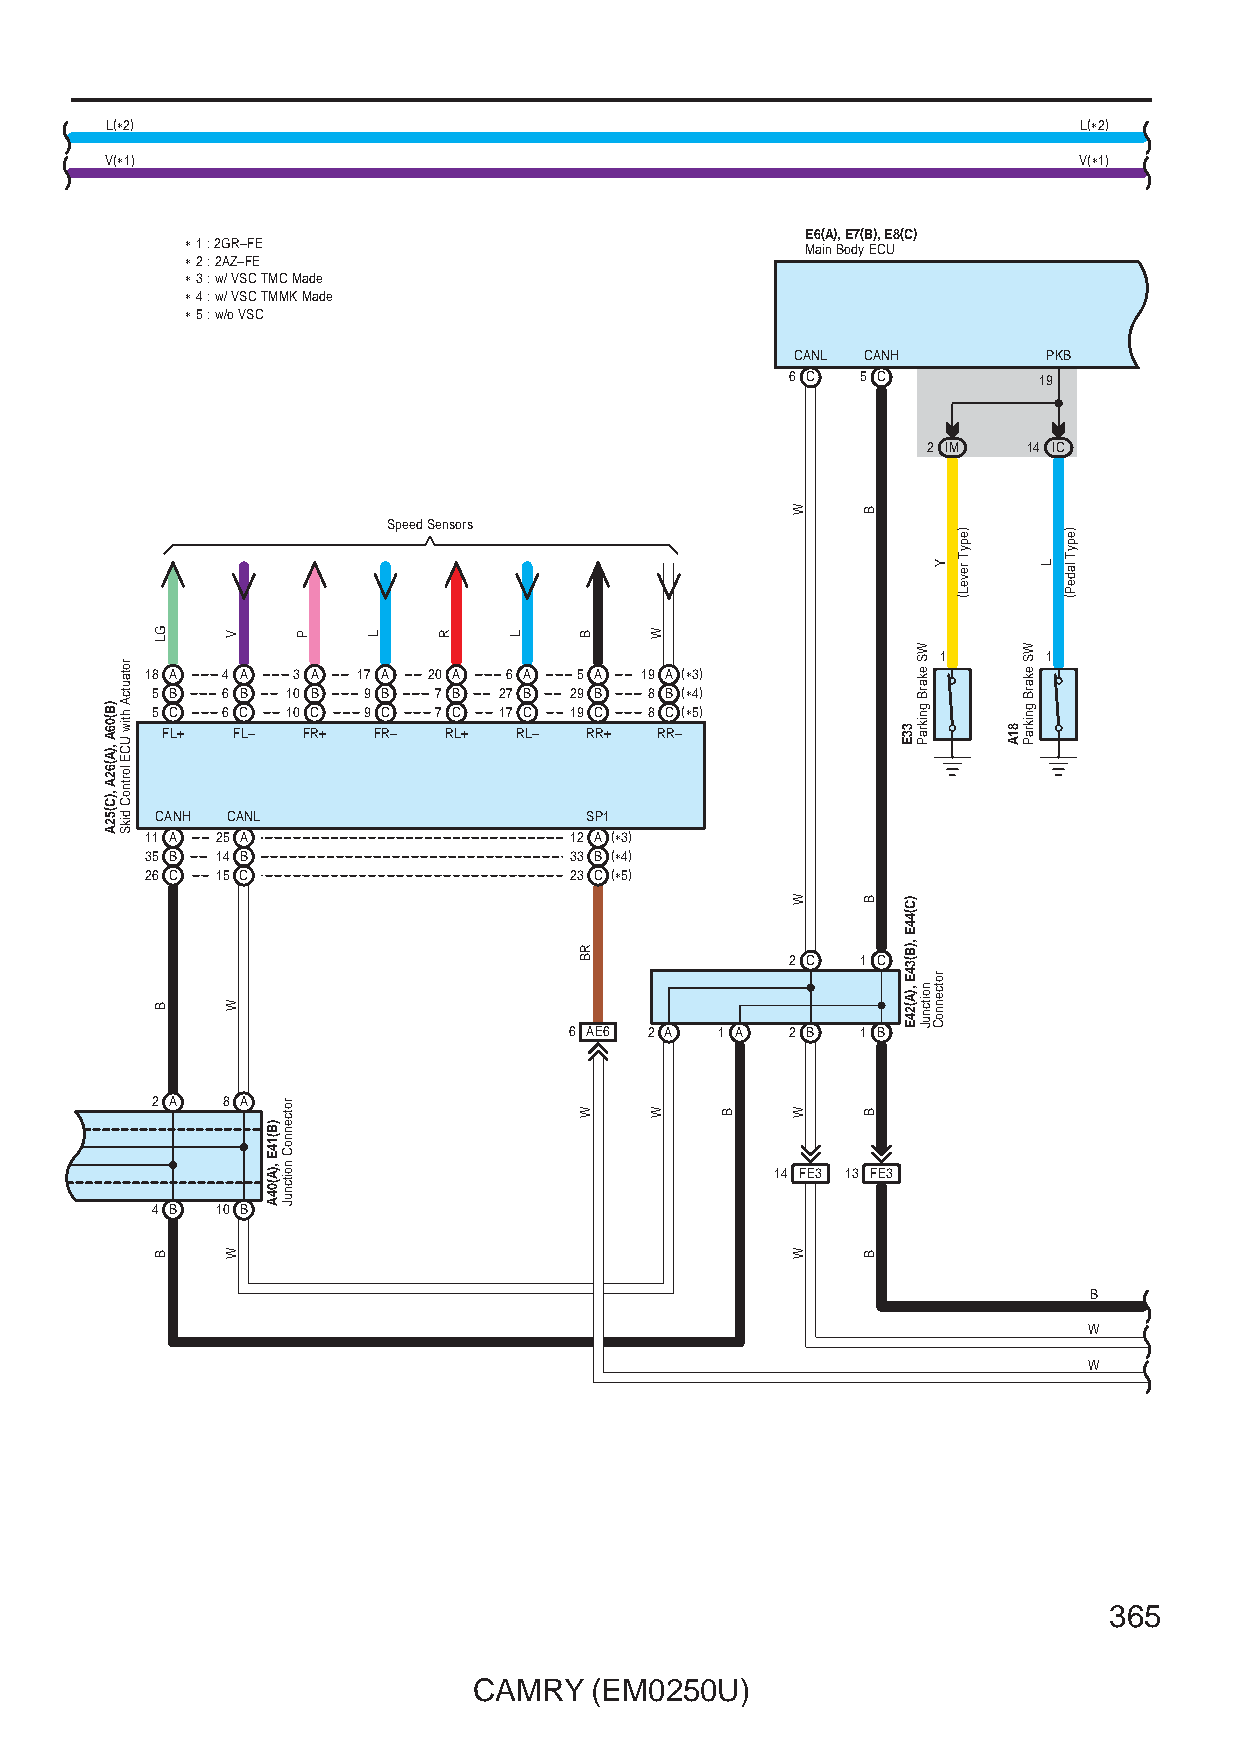
L(∗2)                                                           L(∗2)
 V(∗1)                                                           V(∗1)
 E6(A), E7(B), E8(C)
 ∗ 1 : 2GR–FE                             Main Body ECU
 ∗ 2 : 2AZ–FE
 ∗ 3 : w/ VSC TMC Made
 ∗ 4 : w/ VSC TMMK Made
 ∗ 5 : w/o VSC
 CANL CANH       PKB
 6 C  5 C         19
 2 IM   14 IC
 Speed Sensors
 1      1
 18 A 4 A 3 A  17 A 20 A 6 A 5 A 19 A (∗3)
 5 B  6 B 10 B 9 B  7 B 27 B 29 B 8 B (∗4)
 5 C  6 C 10 C 9 C  7 C 17 C 19 C 8 C (∗5)
 FL+ FL–  FR+  FR– RL+  RL–  RR+ RR–
 CANH CANL                    SP1
 11 A 25 A                   12 A (∗3)
 35 B 14 B                   33 B (∗4)
 26 C 15 C                   23 C (∗5)
 2 C  1 C
 6 AE6 2 A 1 A 2 B  1 B
 2 A  8 A
 14 FE3 13 FE3
 4 B 10 B
 B
 W
 W
 365
 CAMRY   (EM0250U)
 )B(06A
 ,)A(62A
 ,)C(52A
 rotautcA
 htiw
 UCE
 lortnoC
 dikS
 GL
 B
 B
 V
 W
 W
 )B(14E
 ,)A(04A
 rotcennoC
 noitcnuJ
 P   L    R    L   B
 RB
 W
 W
 W    B
 W
 W
 W
 W
 B
 B
 B
 B
 33E
 )C(44E
 ,)B(34E
 ,)A(24E
 WS
 ekarB
 gnikraP
 noitcnuJ
 Y
 rotcennoC
 )epyT
 reveL(
 81A
 WS
 ekarB
 gnikraP
 L
 )epyT
 ladeP(